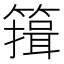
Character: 䉗